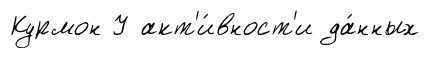
Курмон У акт'и́вност'и да́нных